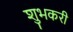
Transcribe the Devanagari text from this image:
शुभकरी